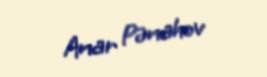
Anar Pənahov